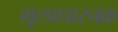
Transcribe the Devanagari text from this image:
मूलाधारचक्र